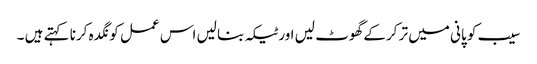
سیب کو پانی میں تر کرکے گھوٹ لیں اور ٹیکہ بنا لیں اس عمل کو نگدہ کرنا کہتے ہیں ۔